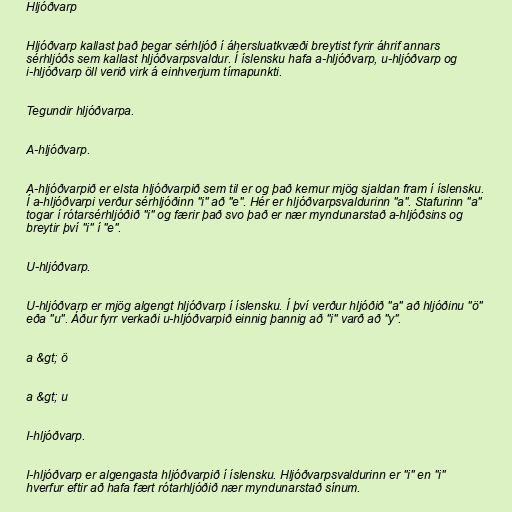
Hljóðvarp

Hljóðvarp kallast það þegar sérhljóð í áhersluatkvæði breytist fyrir áhrif annars
sérhljóðs sem kallast hljóðvarpsvaldur. Í íslensku hafa a-hljóðvarp, u-hljóðvarp og
i-hljóðvarp öll verið virk á einhverjum tímapunkti.

Tegundir hljóðvarpa.

A-hljóðvarp.

A-hljóðvarpið er elsta hljóðvarpið sem til er og það kemur mjög sjaldan fram í íslensku.
Í a-hljóðvarpi verður sérhljóðinn "i" að "e". Hér er hljóðvarpsvaldurinn "a". Stafurinn "a"
togar í rótarsérhljóðið "i" og færir það svo það er nær myndunarstað a-hljóðsins og
breytir því "i" í "e".

U-hljóðvarp.

U-hljóðvarp er mjög algengt hljóðvarp í íslensku. Í því verður hljóðið "a" að hljóðinu "ö"
eða "u". Áður fyrr verkaði u-hljóðvarpið einnig þannig að "i" varð að "y".

a &gt; ö

a &gt; u

I-hljóðvarp.

I-hljóðvarp er algengasta hljóðvarpið í íslensku. Hljóðvarpsvaldurinn er "i" en "i"
hverfur eftir að hafa fært rótarhljóðið nær myndunarstað sínum.